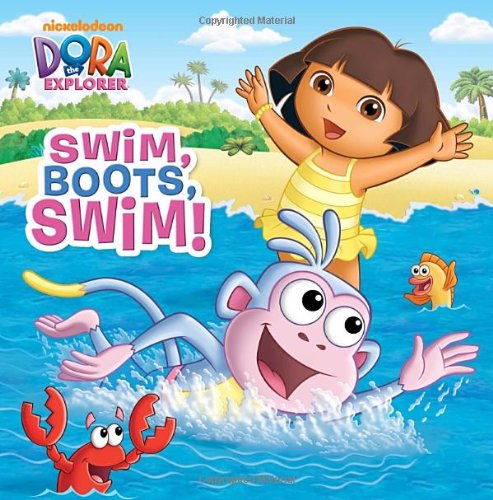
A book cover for Swim, Boots, Swim! (Dora the Explorer) (Pictureback(R)); Random House; Children's Books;